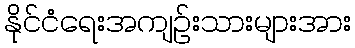
နိုင်ငံရေးအကျဉ်းသားများအား